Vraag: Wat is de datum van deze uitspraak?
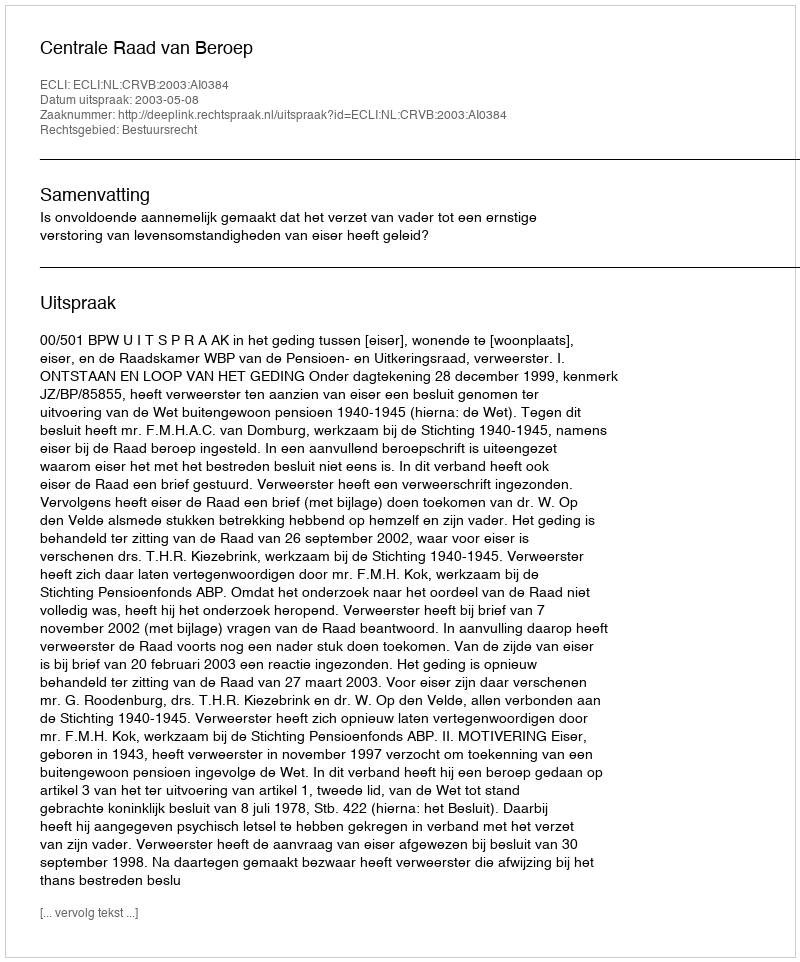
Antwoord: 2003-05-08